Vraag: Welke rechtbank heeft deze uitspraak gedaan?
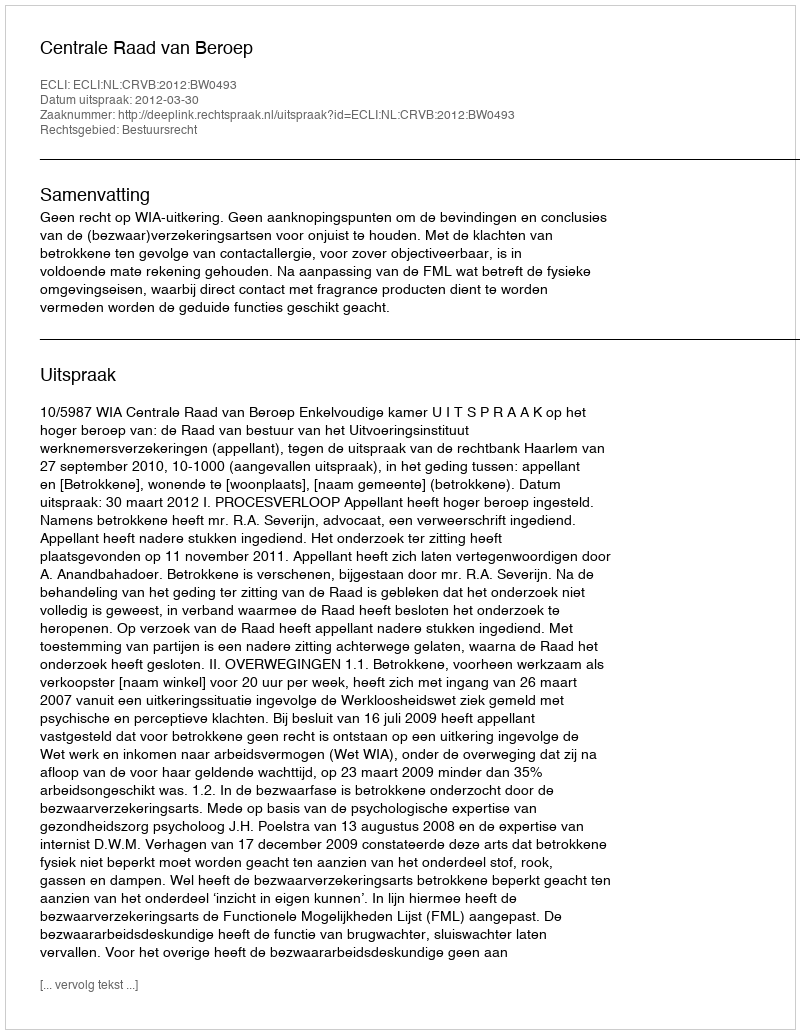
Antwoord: Centrale Raad van Beroep